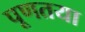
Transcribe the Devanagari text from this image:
पूणतया